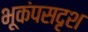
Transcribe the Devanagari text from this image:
भूकंपसदृश